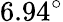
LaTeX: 6.94^{\circ}